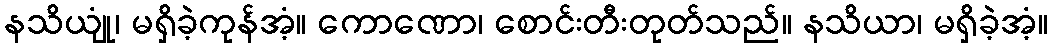
နသိယျုံ၊ မရှိခဲ့ကုန်အံ့။ ကောဏော၊ စောင်းတီးတုတ်သည်။ နသိယာ၊ မရှိခဲ့အံ့။